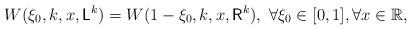
LaTeX: \begin{align*}W(\xi_0,k,x,\mathsf{L}^k)=W(1-\xi_0,k,x,\mathsf{R}^k), ~\forall \xi_0\in [0,1], \forall x\in\mathbb{R},\end{align*}